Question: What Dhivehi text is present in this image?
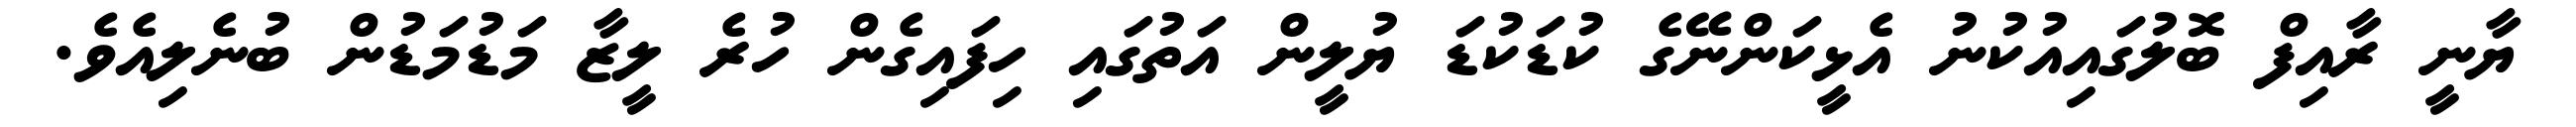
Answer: ޔާނީ ރާއިފް ބޮލުގައިއުކުނު އެޅީކަންނޭގެ ކުޑަކުޑަ ޔުލީން އަތުގައި ހިފައިގެން ހުރެ ލީޒާ މަޑުމަޑުން ބުނެލިއެވެ.